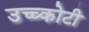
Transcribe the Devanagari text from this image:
उच्च्कोटी